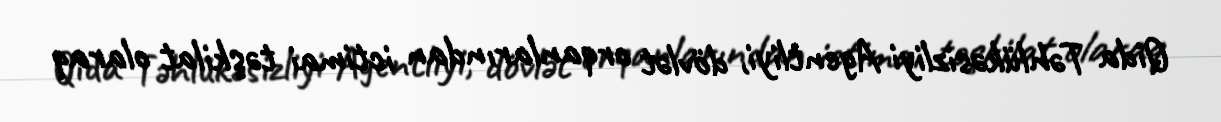
Qida Təhlükəsizliyi Agentliyi, dövlət orqanlarından ictimai təşkilat olaraq